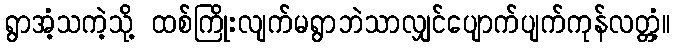
ရွာအံ့သကဲ့သို့ ထစ်ကြိုးလျက်မရွာဘဲသာလျှင်ပျောက်ပျက်ကုန်လတ္တံ့။